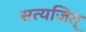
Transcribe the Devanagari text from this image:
सत्यजित्